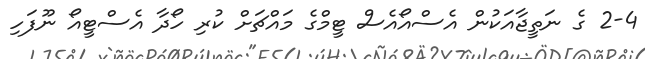
2-4 ގެ ނަތީޖާއަކުން އެސްއޯއެސް ޓީމްގެ މައްޗަށް ކުރި ހޯދާ އެސްޓީއޯ ނޫފަހި